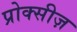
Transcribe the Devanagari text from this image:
प्रोक्सीज़